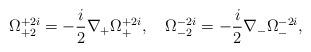
LaTeX: \begin{align*}\Omega^{+2i}_{+2}=-\frac{i}{2}\nabla_+\Omega^{+2i}_+,\quad\Omega^{-2i}_{-2}=-\frac{i}{2}\nabla_-\Omega^{-2i}_-,\end{align*}